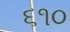
૬૧૦